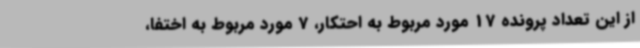
از این تعداد پرونده 17 مورد مربوط به احتکار، 7 مورد مربوط به اختفا،